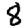
Digit: 8